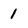
Character: 1